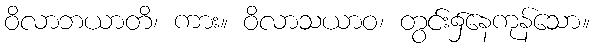
ဝိလာဘယာတိ၊ ကား။ ဝိလာသယာဝ၊ တွင်း၌နေကုန်သော။